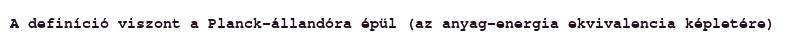
A definíció viszont a Planck-állandóra épül (az anyag–energia ekvivalencia képletére)